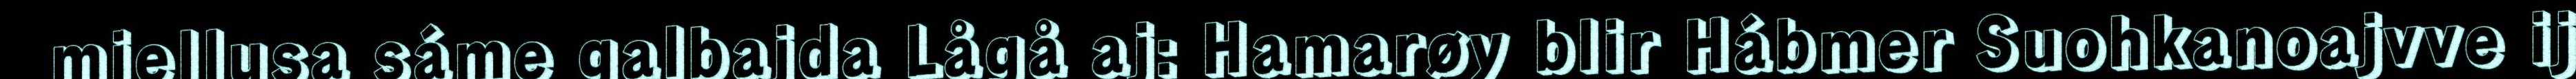
miellusa sáme galbajda Lågå aj: Hamarøy blir Hábmer Suohkanoajvve ij